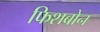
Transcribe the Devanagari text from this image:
फिशबोन